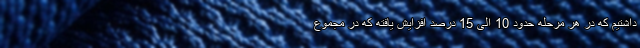
داشتیم که در هر مرحله حدود 10 الی 15 درصد افزایش یافته که در مجموع